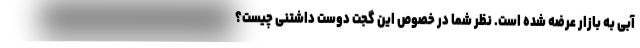
آبی به بازار عرضه شده است. نظر شما در خصوص این گجت دوست داشتنی چیست؟